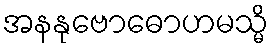
အနနုဗောဓောဟမသ္မိ